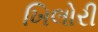
ખિલોરી